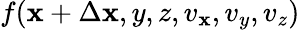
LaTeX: f(\mathbf{x}+\Delta\mathbf{x},y,z,v_{\mathbf{x}},v_{y},v_{z})